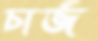
চার্জ